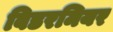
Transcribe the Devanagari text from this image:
बिडरमियर